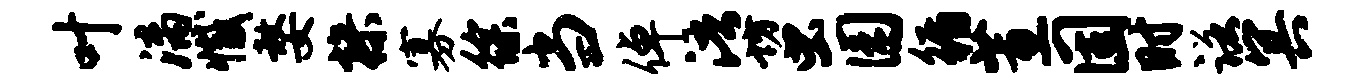
叶漓撼嫠操寡徐当倬浯坊虫园循蕙固时诺冥